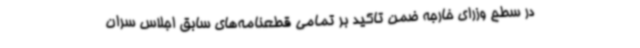
در سطح وزرای خارجه ضمن تاکید بر تمامی قطعنامه‌های سابق اجلاس سران